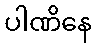
ပါဏိနေ